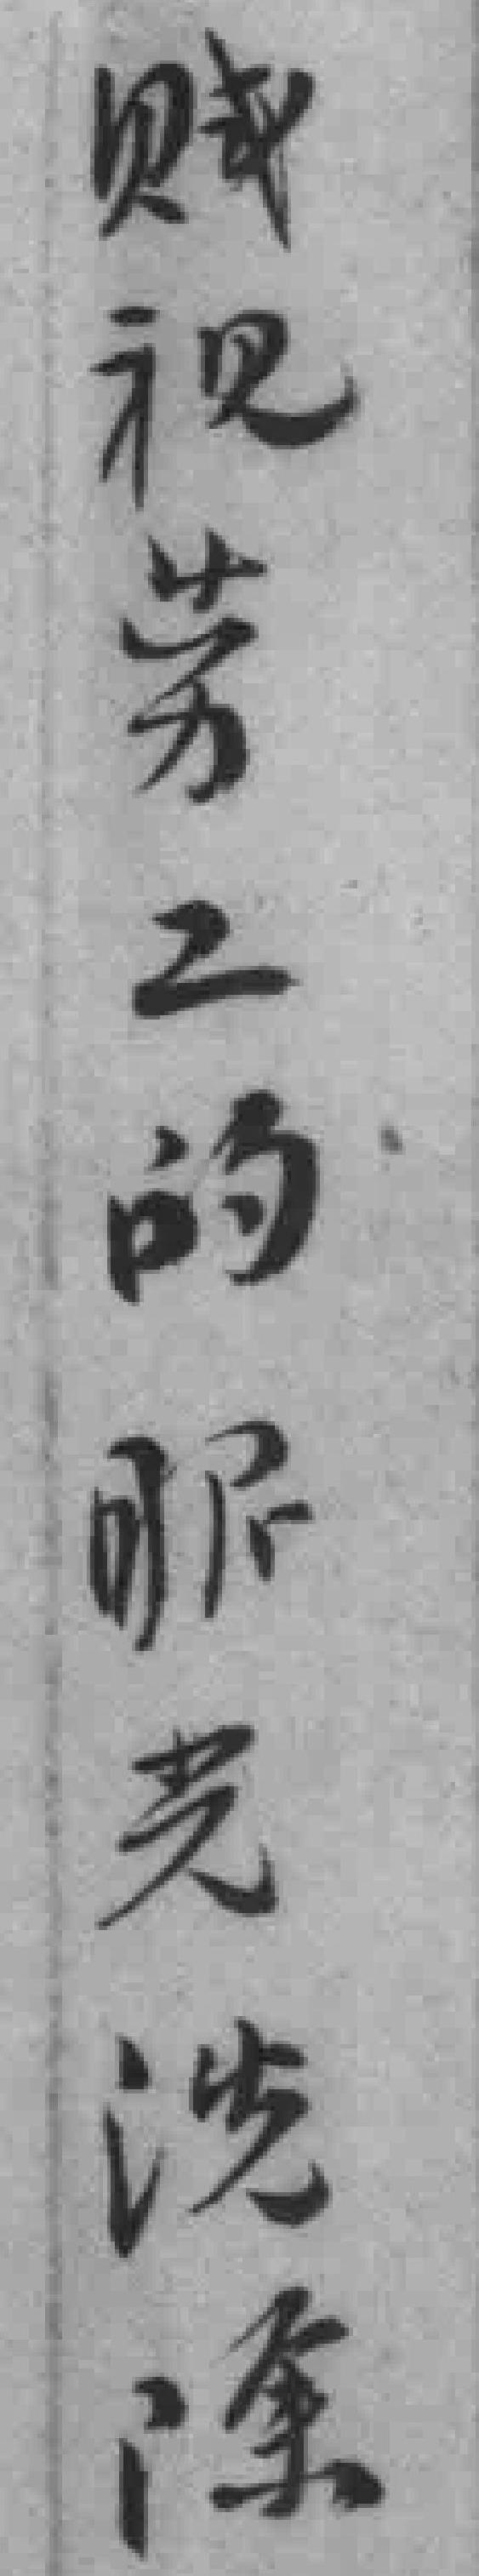
贼视劳工的眼光洗除